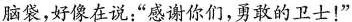
脑袋，好像在说：”感谢你们，勇敢的卫士！”